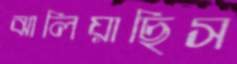
ঝালিয়াছিস